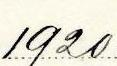
1920